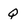
Character: Q